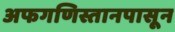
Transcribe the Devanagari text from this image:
अफगणिस्तानपासून